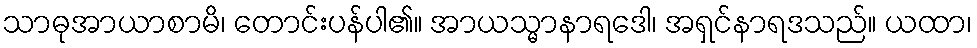
သာဓုအာယာစာမိ၊ တောင်းပန်ပါ၏။ အာယသ္မာနာရဒေါ၊ အရှင်နာရဒသည်။ ယထာ၊